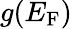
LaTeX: g(E_{\mathrm{F}})